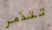
تتذمر